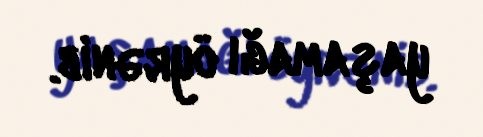
yaşamağı öyrənib.